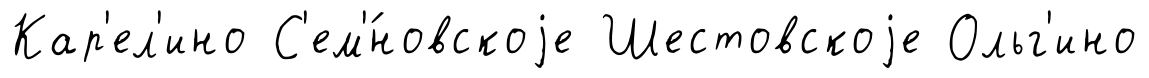
Кар'ел'ино С'ем'́новскоjе Шестовскоjе Ольг'ино